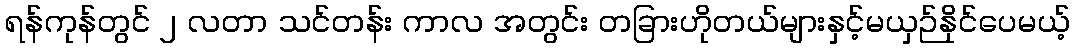
ရန်ကုန်တွင် ၂ လတာ သင်တန်း ကာလ အတွင်း တခြားဟိုတယ်များနှင့်မယှဉ်နိုင်ပေမယ့်